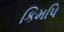
કિમપિ